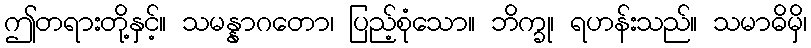
ဤတရားတို့နှင့်။ သမန္နာဂတော၊ ပြည့်စုံသော။ ဘိက္ခု၊ ရဟန်းသည်။ သမာဓိမှိ၊